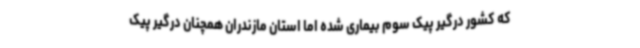
که کشور درگیر پیک سوم بیماری شده اما استان مازندران همچنان درگیر پیک